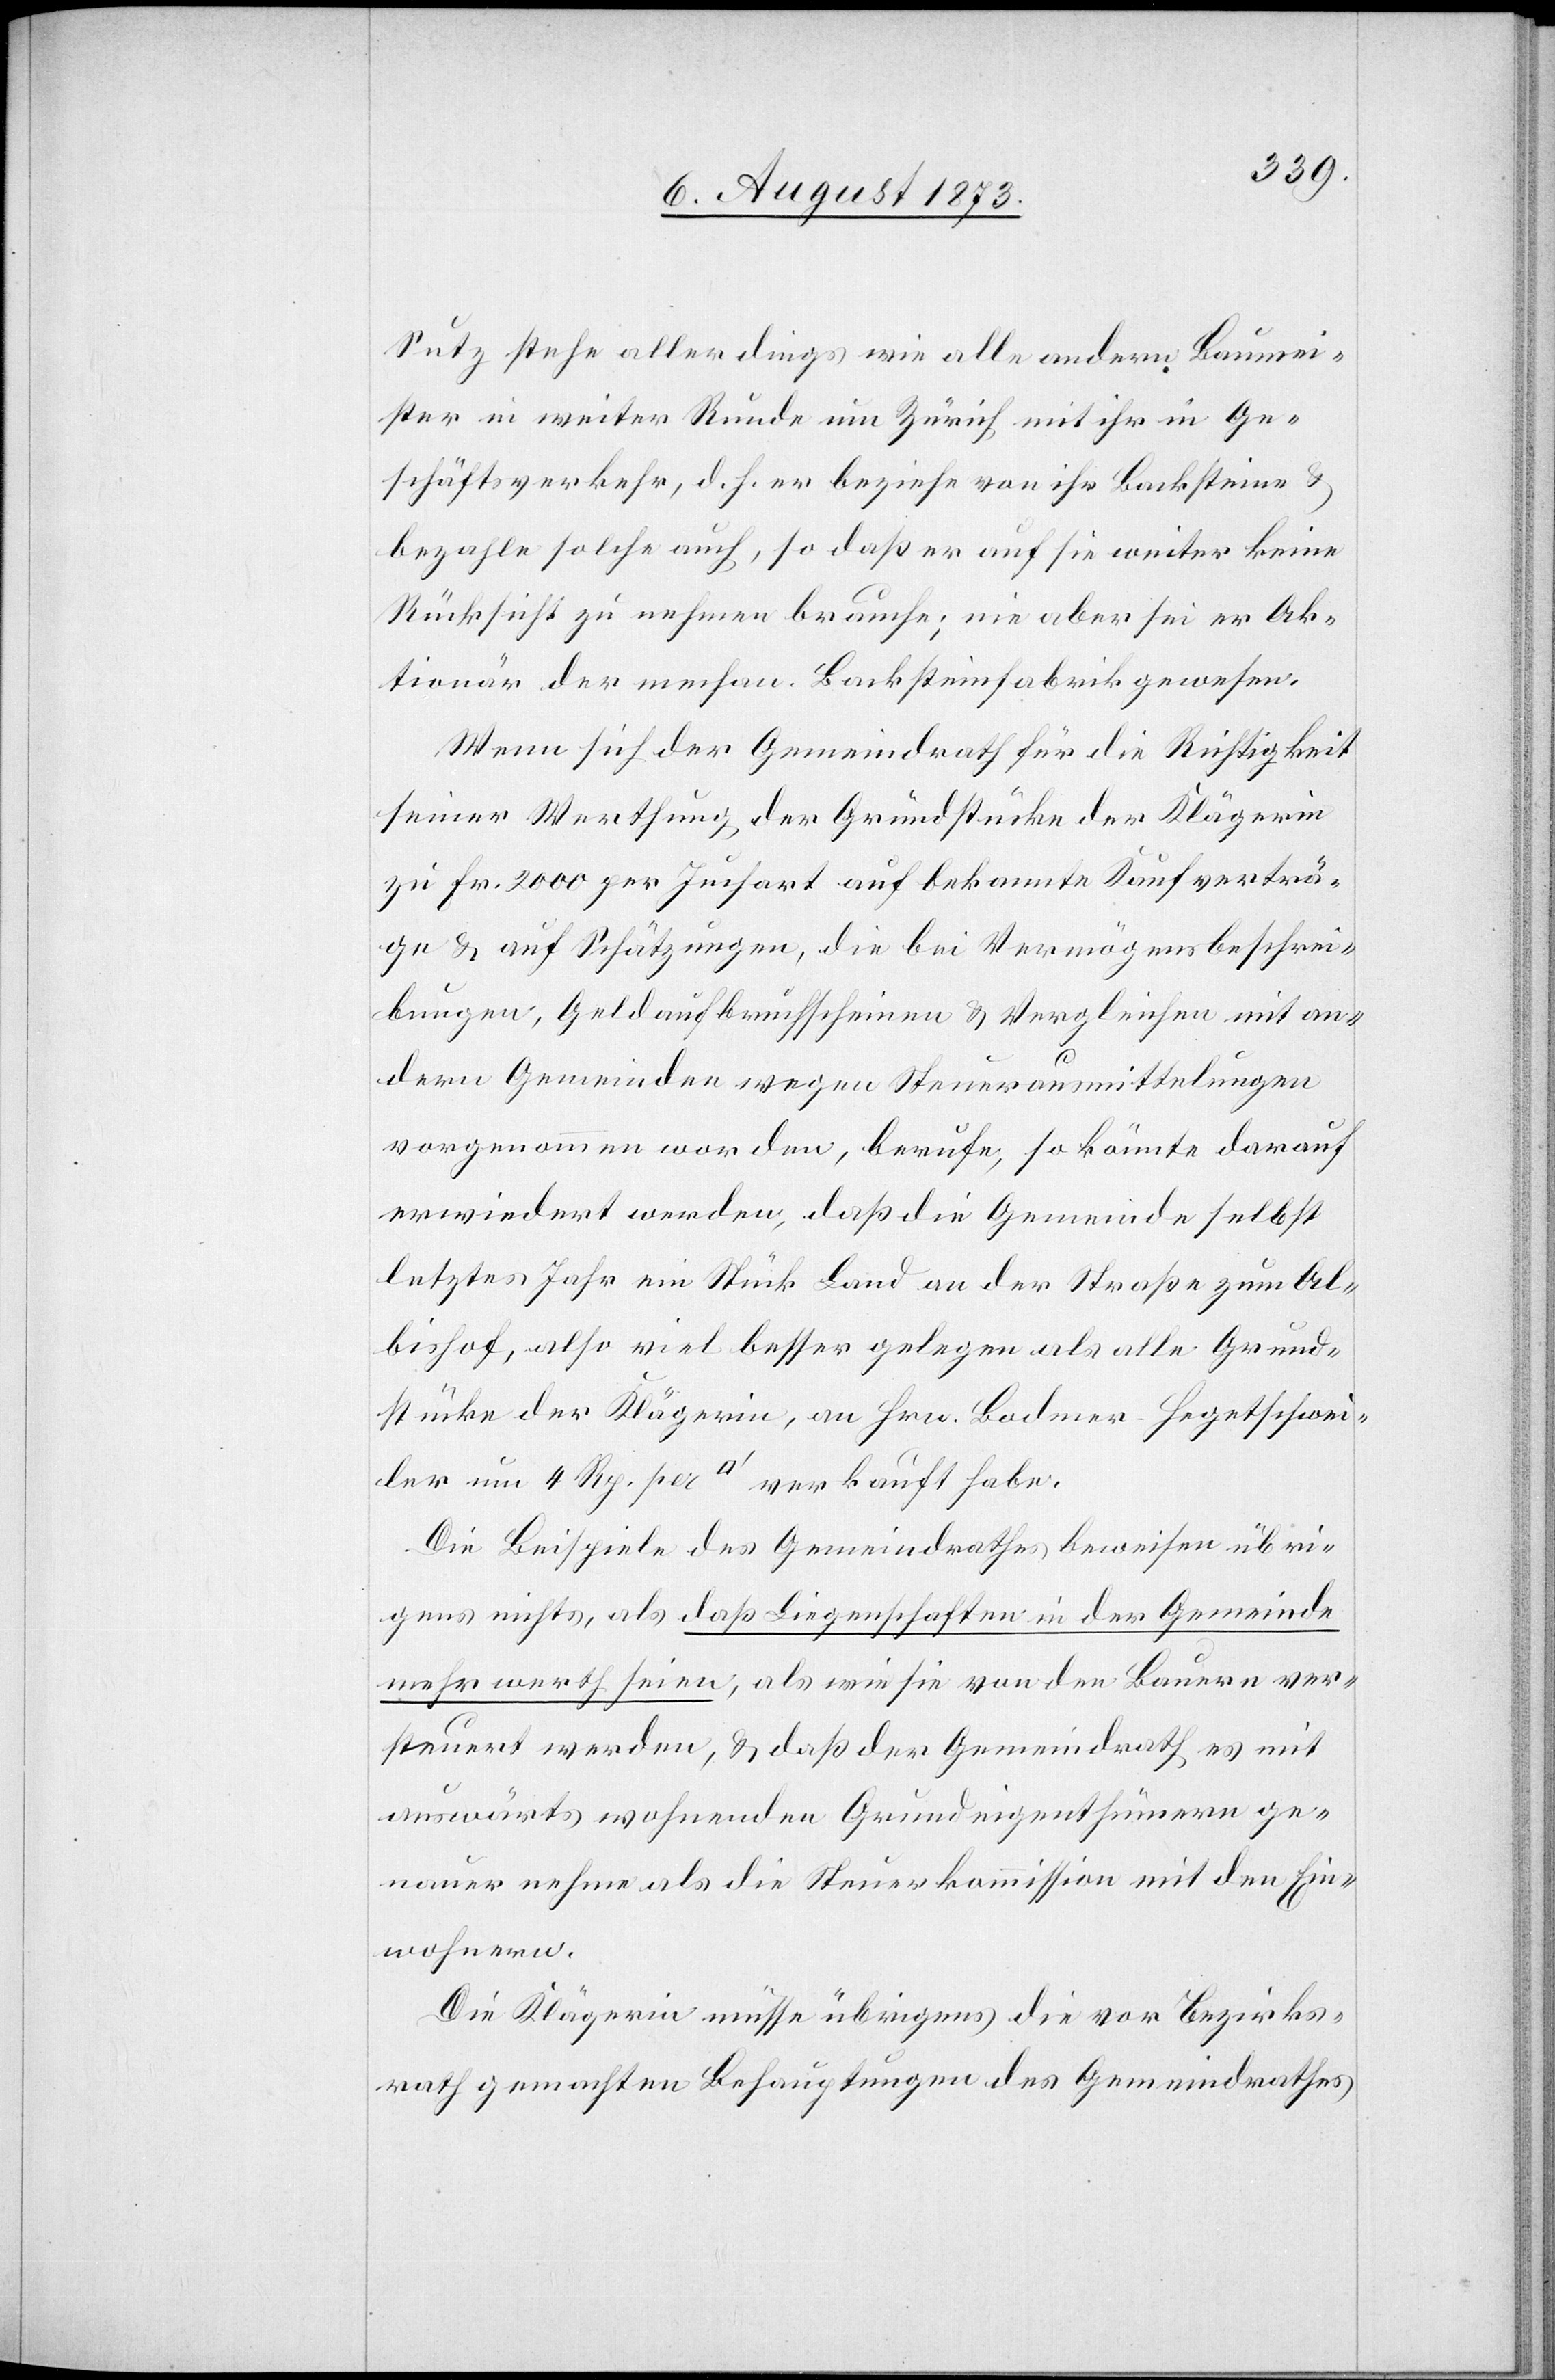
Sutz stehe allerdings wie alle andern Baumei¬
ster in weiter Runde um Zürich mit ihr in Ge¬
schäftsverkehr, d. h. er beziehe von ihr Backsteine &
bezahle solche auch, so daß er auf sie weiter keine
Rücksicht zu nehmen brauche; nie aber sei er Ak¬
tionär der mechan. Backsteinfabrik gewesen.
Wenn sich der Gemeindrath für die Richtigkeit
seiner Werthung der Grundstücke der Klägerin
zu Fr. 2 000 per Juchart auf bekannte Kaufverträ¬
ge & auf Schätzungen, die bei Vermögensbeschrei¬
bungen, Geldaufbruchscheinen & Vergleichen mit an¬
dern Gemeinden wegen Steuerausmittelungen
vorgenommen worden, berufe, so könnte darauf
erwiedert werden, daß die Gemeinde selbst
letztes Jahr ein Stück Land an der Straße zum Al¬
bishof, also viel besser gelegen als alle Grund¬
stücke der Klägerin, an Hrn. Bodmer-Hegetschwei¬
ler um 4 Rp. per [Quadratfuss] verkauft habe.
Die Beispiele des Gemeindrathes beweisen übri¬
gens nichts, als daß Liegenschaften in der Gemeinde
mehr werth seien, als wie sie von den Bauern ver¬
steuert werden, & daß der Gemeindrath es mit
auswärts wohnenden Grundeigenthümern ge¬
nauer nehme als die Steuerkommission mit den Ein¬
wohnern.
Die Klägerin müsse übrigens die vor Bezirks¬
rath gemachten Behauptungen des Gemeindrathes